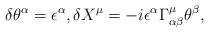
LaTeX: \begin{align*}\delta \theta^{\alpha} = \epsilon^{\alpha}, \delta X^{\mu} = -i \epsilon^{\alpha}\Gamma^{\mu}_{ \alpha \beta}\theta^{\beta},\end{align*}